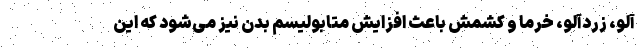
آلو، زردآلو، خرما و کشمش باعث افزایش متابولیسم بدن نیز می‌شود که این